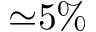
{ \simeq } 5 \%